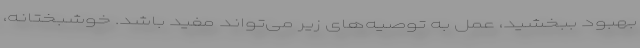
بهبود ببخشید،‌ عمل به توصیه‌های زیر می‌تواند مفید باشد. خوشبختانه،